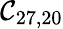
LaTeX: \mathcal{C}_{27,20}